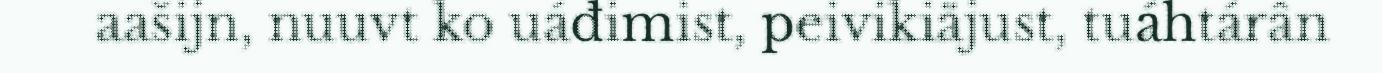
aašijn, nuuvt ko uáđimist, peivikiäjust, tuáhtárân